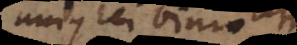
Unius rei binio,